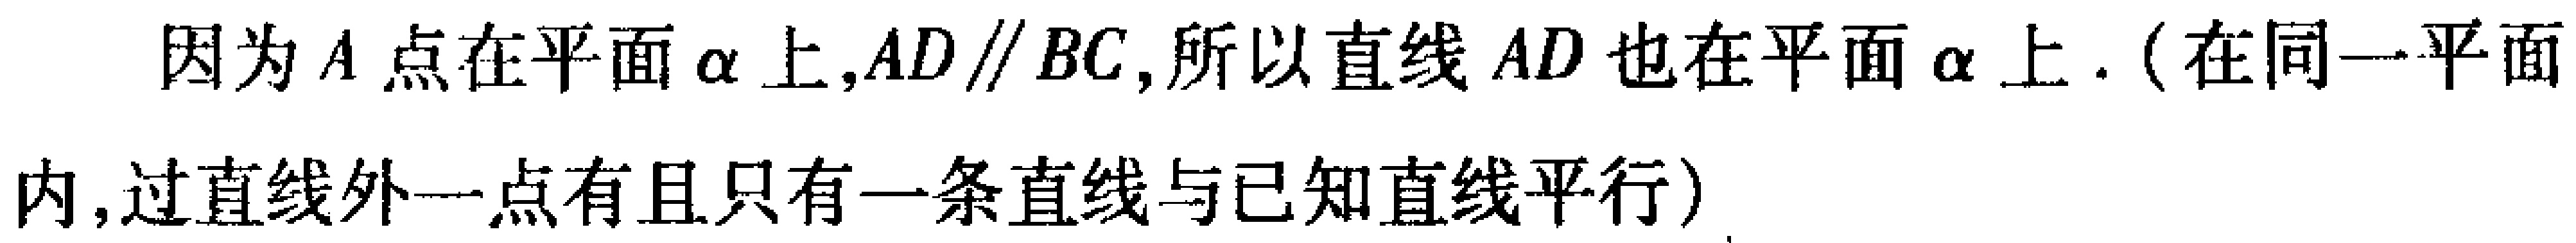
因为 \(A\) 点在平面 \(\alpha\) 上,\(AD\parallel BC\),所以直线 \(AD\) 也在平面 \(\alpha\) 上.（在同一平面内,过直线外一点有且只有一条直线与已知直线平行）